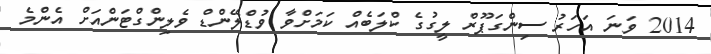
2014 ވަނަ އަހަރު ސިންގަޕޫރް ލީގުގެ ކްލަބެއް ކަމަށްވާ ވުޑްލޭންޑް ވެލިންގްޓަންއަށް އެންމެ